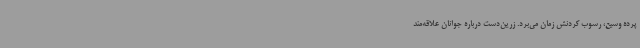
پرده وسیع، رسوب کردنش زمان می‌برد. زرین‌دست درباره جوانان علاقه‌مند